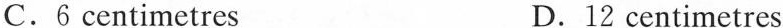
C. 6 centimetres D. 12 centimetres